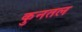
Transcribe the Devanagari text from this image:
कुनतल